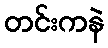
တင်းကနဲ